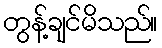
တွန့်ချင်မိသည်။